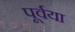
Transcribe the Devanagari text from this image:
पूर्वया